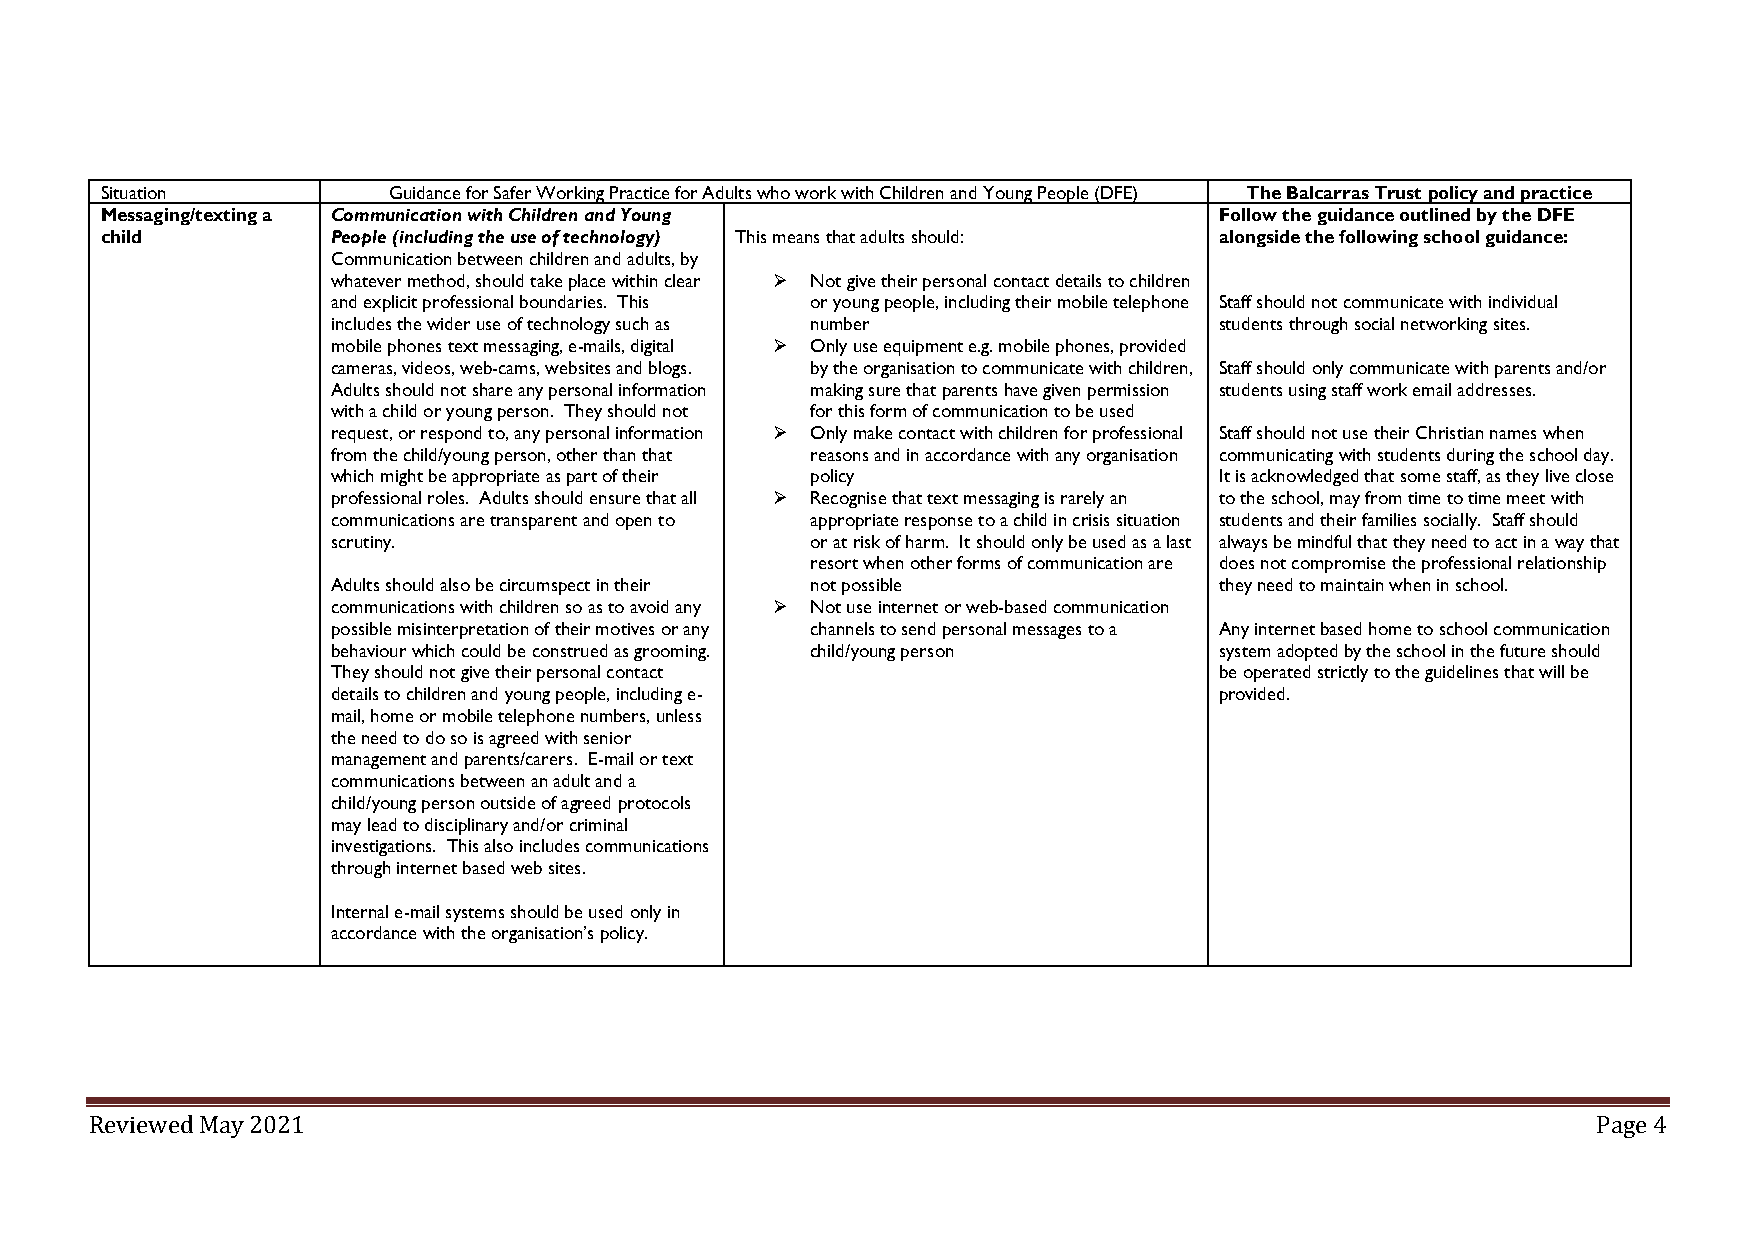
Situation          Guidance for Safer Working Practice for Adults who work with Children and Young People (DFE) The Balcarras Trust policy and practice
 Messaging/texting a Communication with Children and Young                 Follow the guidance outlined by the DFE
 child          People (including the use of technology) This means that adults should: alongside the following school guidance:
 Communication between children and adults, by
 whatever method, should take place within clear ➢ Not give their personal contact details to children
 and explicit professional boundaries. This or young people, including their mobile telephone Staff should not communicate with individual
 includes the wider use of technology such as number        students through social networking sites.
 mobile phones text messaging, e-mails, digital ➢ Only use equipment e.g. mobile phones, provided
 cameras, videos, web-cams, websites and blogs. by the organisation to communicate with children, Staff should only communicate with parents and/or
 Adults should not share any personal information making sure that parents have given permission students using staff work email addresses.
 with a child or young person. They should not for this form of communication to be used
 request, or respond to, any personal information ➢ Only make contact with children for professional Staff should not use their Christian names when
 from the child/young person, other than that reasons and in accordance with any organisation communicating with students during the school day.
 which might be appropriate as part of their policy         It is acknowledged that some staff, as they live close
 professional roles. Adults should ensure that all ➢ Recognise that text messaging is rarely an to the school, may from time to time meet with
 communications are transparent and open to appropriate response to a child in crisis situation students and their families socially. Staff should
 scrutiny.                       or at risk of harm. It should only be used as a last always be mindful that they need to act in a way that
 resort when other forms of communication are does not compromise the professional relationship
 Adults should also be circumspect in their not possible    they need to maintain when in school.
 communications with children so as to avoid any ➢ Not use internet or web-based communication
 possible misinterpretation of their motives or any channels to send personal messages to a Any internet based home to school communication
 behaviour which could be construed as grooming. child/young person system adopted by the school in the future should
 They should not give their personal contact                be operated strictly to the guidelines that will be
 details to children and young people, including e-         provided.
 mail, home or mobile telephone numbers, unless
 the need to do so is agreed with senior
 management and parents/carers. E-mail or text
 communications between an adult and a
 child/young person outside of agreed protocols
 may lead to disciplinary and/or criminal
 investigations. This also includes communications
 through internet based web sites.
 Internal e-mail systems should be used only in
 accordance with the organisation’s policy.
 Reviewed May 2021                                                                                   Page 4